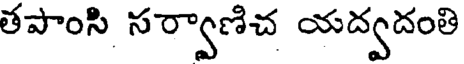
తపాంసి సర్వాణిచ యద్వదంతి